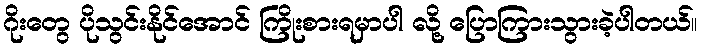
ဂိုးတွေ ပိုသွင်းနိုင်အောင် ကြိုးစားရမှာပါ လို့ ပြောကြားသွားခဲ့ပါတယ်။